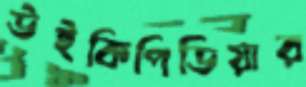
উইকিপিডিয়ার